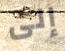
إلى